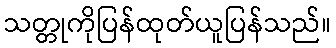
သတ္တုကိုပြန်ထုတ်ယူပြန်သည်။